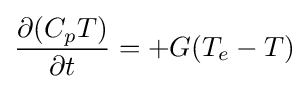
{\frac {\partial (C_{p}T)}{\partial t}}=+G(T_{e}-T)